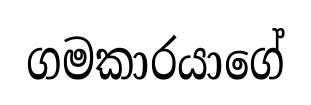
ගමකාරයාගේ